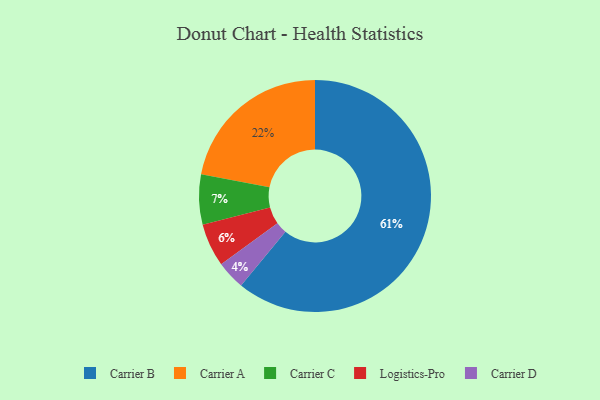
{"axis": {"x": "Category", "y": "Percentage"}, "legend": ["Carrier A", "Carrier B", "Carrier C", "Carrier D", "Logistics-Pro"], "data": [{"x": "Carrier A", "y": 22, "type": "Carrier A"}, {"x": "Carrier B", "y": 61, "type": "Carrier B"}, {"x": "Logistics-Pro", "y": 6, "type": "Logistics-Pro"}, {"x": "Carrier C", "y": 7, "type": "Carrier C"}, {"x": "Carrier D", "y": 4, "type": "Carrier D"}]}